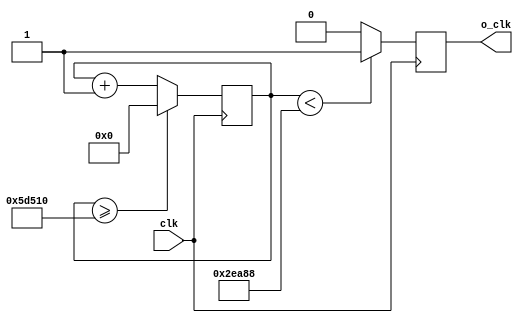
`timescale 1ns / 1ps
//////////////////////////////////////////////////////////////////////////////////
// Company: 
// Engineer: 
// 
// Design Name: 
// Module Name: Div_n_Frequency
// Project Name: 
// Target Devices: 
// Tool Versions: 
// Description: 
// 
// Dependencies: 
// 
// Revision:
// Revision 0.01 - File Created
// Additional Comments:
// 
//////////////////////////////////////////////////////////////////////////////////


module Div_n_Frequency_C4 ( // 
    input  clk,
   // input  rst_n,
    output reg  o_clk
    );
    reg[27:0] counter=28'd0;
    parameter DIVISOR = 28'd382225;
    always @(posedge clk) begin
    counter <= counter + 28'd1;
     if(counter>=(DIVISOR-1))
        counter <= 28'd0;
    o_clk <= (counter<DIVISOR/2)?1'b1:1'b0;
    end
    
endmodule

module Div_n_Frequency_D4 ( // 
    input  clk,
   // input  rst_n,
    output reg  o_clk
    );
    reg[27:0] counter=28'd0;
    parameter DIVISOR = 28'd340524;
    always @(posedge clk) begin
    counter <= counter + 28'd1;
     if(counter>=(DIVISOR-1))
        counter <= 28'd0;
    o_clk <= (counter<DIVISOR/2)?1'b1:1'b0;
    end
    
endmodule

module Div_n_Frequency_E4 (
    input  clk,
   // input  rst_n,
    output reg  o_clk
    );
    reg[27:0] counter=28'd0;
    parameter DIVISOR = 28'd303372;
    always @(posedge clk) begin
    counter <= counter + 28'd1;
     if(counter>=(DIVISOR-1))
        counter <= 28'd0;
    o_clk <= (counter<DIVISOR/2)?1'b1:1'b0;
    end
    
endmodule

module Div_n_Frequency_F4 (
    input  clk,
   // input  rst_n,
    output reg  o_clk
    );
    reg[27:0] counter=28'd0;
    parameter DIVISOR = 28'd286345;
    always @(posedge clk) begin
    counter <= counter + 28'd1;
     if(counter>=(DIVISOR-1))
        counter <= 28'd0;
    o_clk <= (counter<DIVISOR/2)?1'b1:1'b0;
    end
    
endmodule

module Div_n_Frequency_G4 (
    input  clk,
   // input  rst_n,
    output reg  o_clk
    );
    reg[27:0] counter=28'd0;
    parameter DIVISOR = 28'd255106;
    always @(posedge clk) begin
    counter <= counter + 28'd1;
     if(counter>=(DIVISOR-1))
        counter <= 28'd0;
    o_clk <= (counter<DIVISOR/2)?1'b1:1'b0;
    end
    
endmodule

module Div_n_Frequency_A4 (
    input  clk,
   // input  rst_n,
    output reg  o_clk
    );
    reg[27:0] counter=28'd0;
    parameter DIVISOR = 28'd227272;
    always @(posedge clk) begin
    counter <= counter + 28'd1;
     if(counter>=(DIVISOR-1))
        counter <= 28'd0;
    o_clk <= (counter<DIVISOR/2)?1'b1:1'b0;
    end
    
endmodule

module Div_n_Frequency_B4 (
    input  clk,
   // input  rst_n,
    output reg  o_clk
    );
    reg[27:0] counter=28'd0;
    parameter DIVISOR = 28'd202475;
    always @(posedge clk) begin
    counter <= counter + 28'd1;
     if(counter>=(DIVISOR-1))
        counter <= 28'd0;
    o_clk <= (counter<DIVISOR/2)?1'b1:1'b0;
    end
    
endmodule

module Div_n_Frequency_C5 (
    input  clk,
   // input  rst_n,
    output reg  o_clk
    );
    reg[27:0] counter=28'd0;
    parameter DIVISOR = 28'd191112;
    always @(posedge clk) begin
    counter <= counter + 28'd1;
     if(counter>=(DIVISOR-1))
        counter <= 28'd0;
    o_clk <= (counter<DIVISOR/2)?1'b1:1'b0;
    end
    
endmodule